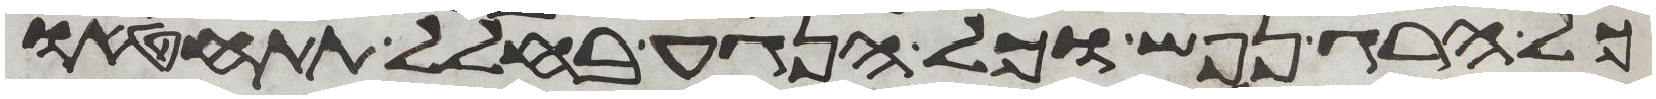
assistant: כל הרג נפש וכל הנגע בחלל תתחטאו